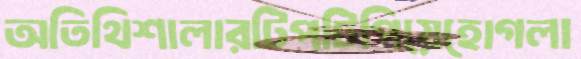
অতিথিশালারটিপটিপিয়েহোগলা